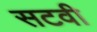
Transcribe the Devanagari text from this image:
सटवी